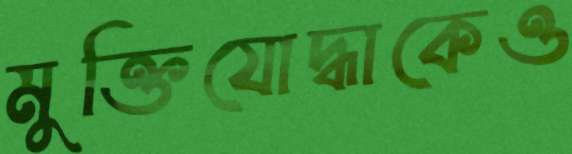
মুক্তিযোদ্ধাকেও